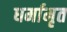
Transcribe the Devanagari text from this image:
धर्मामृत